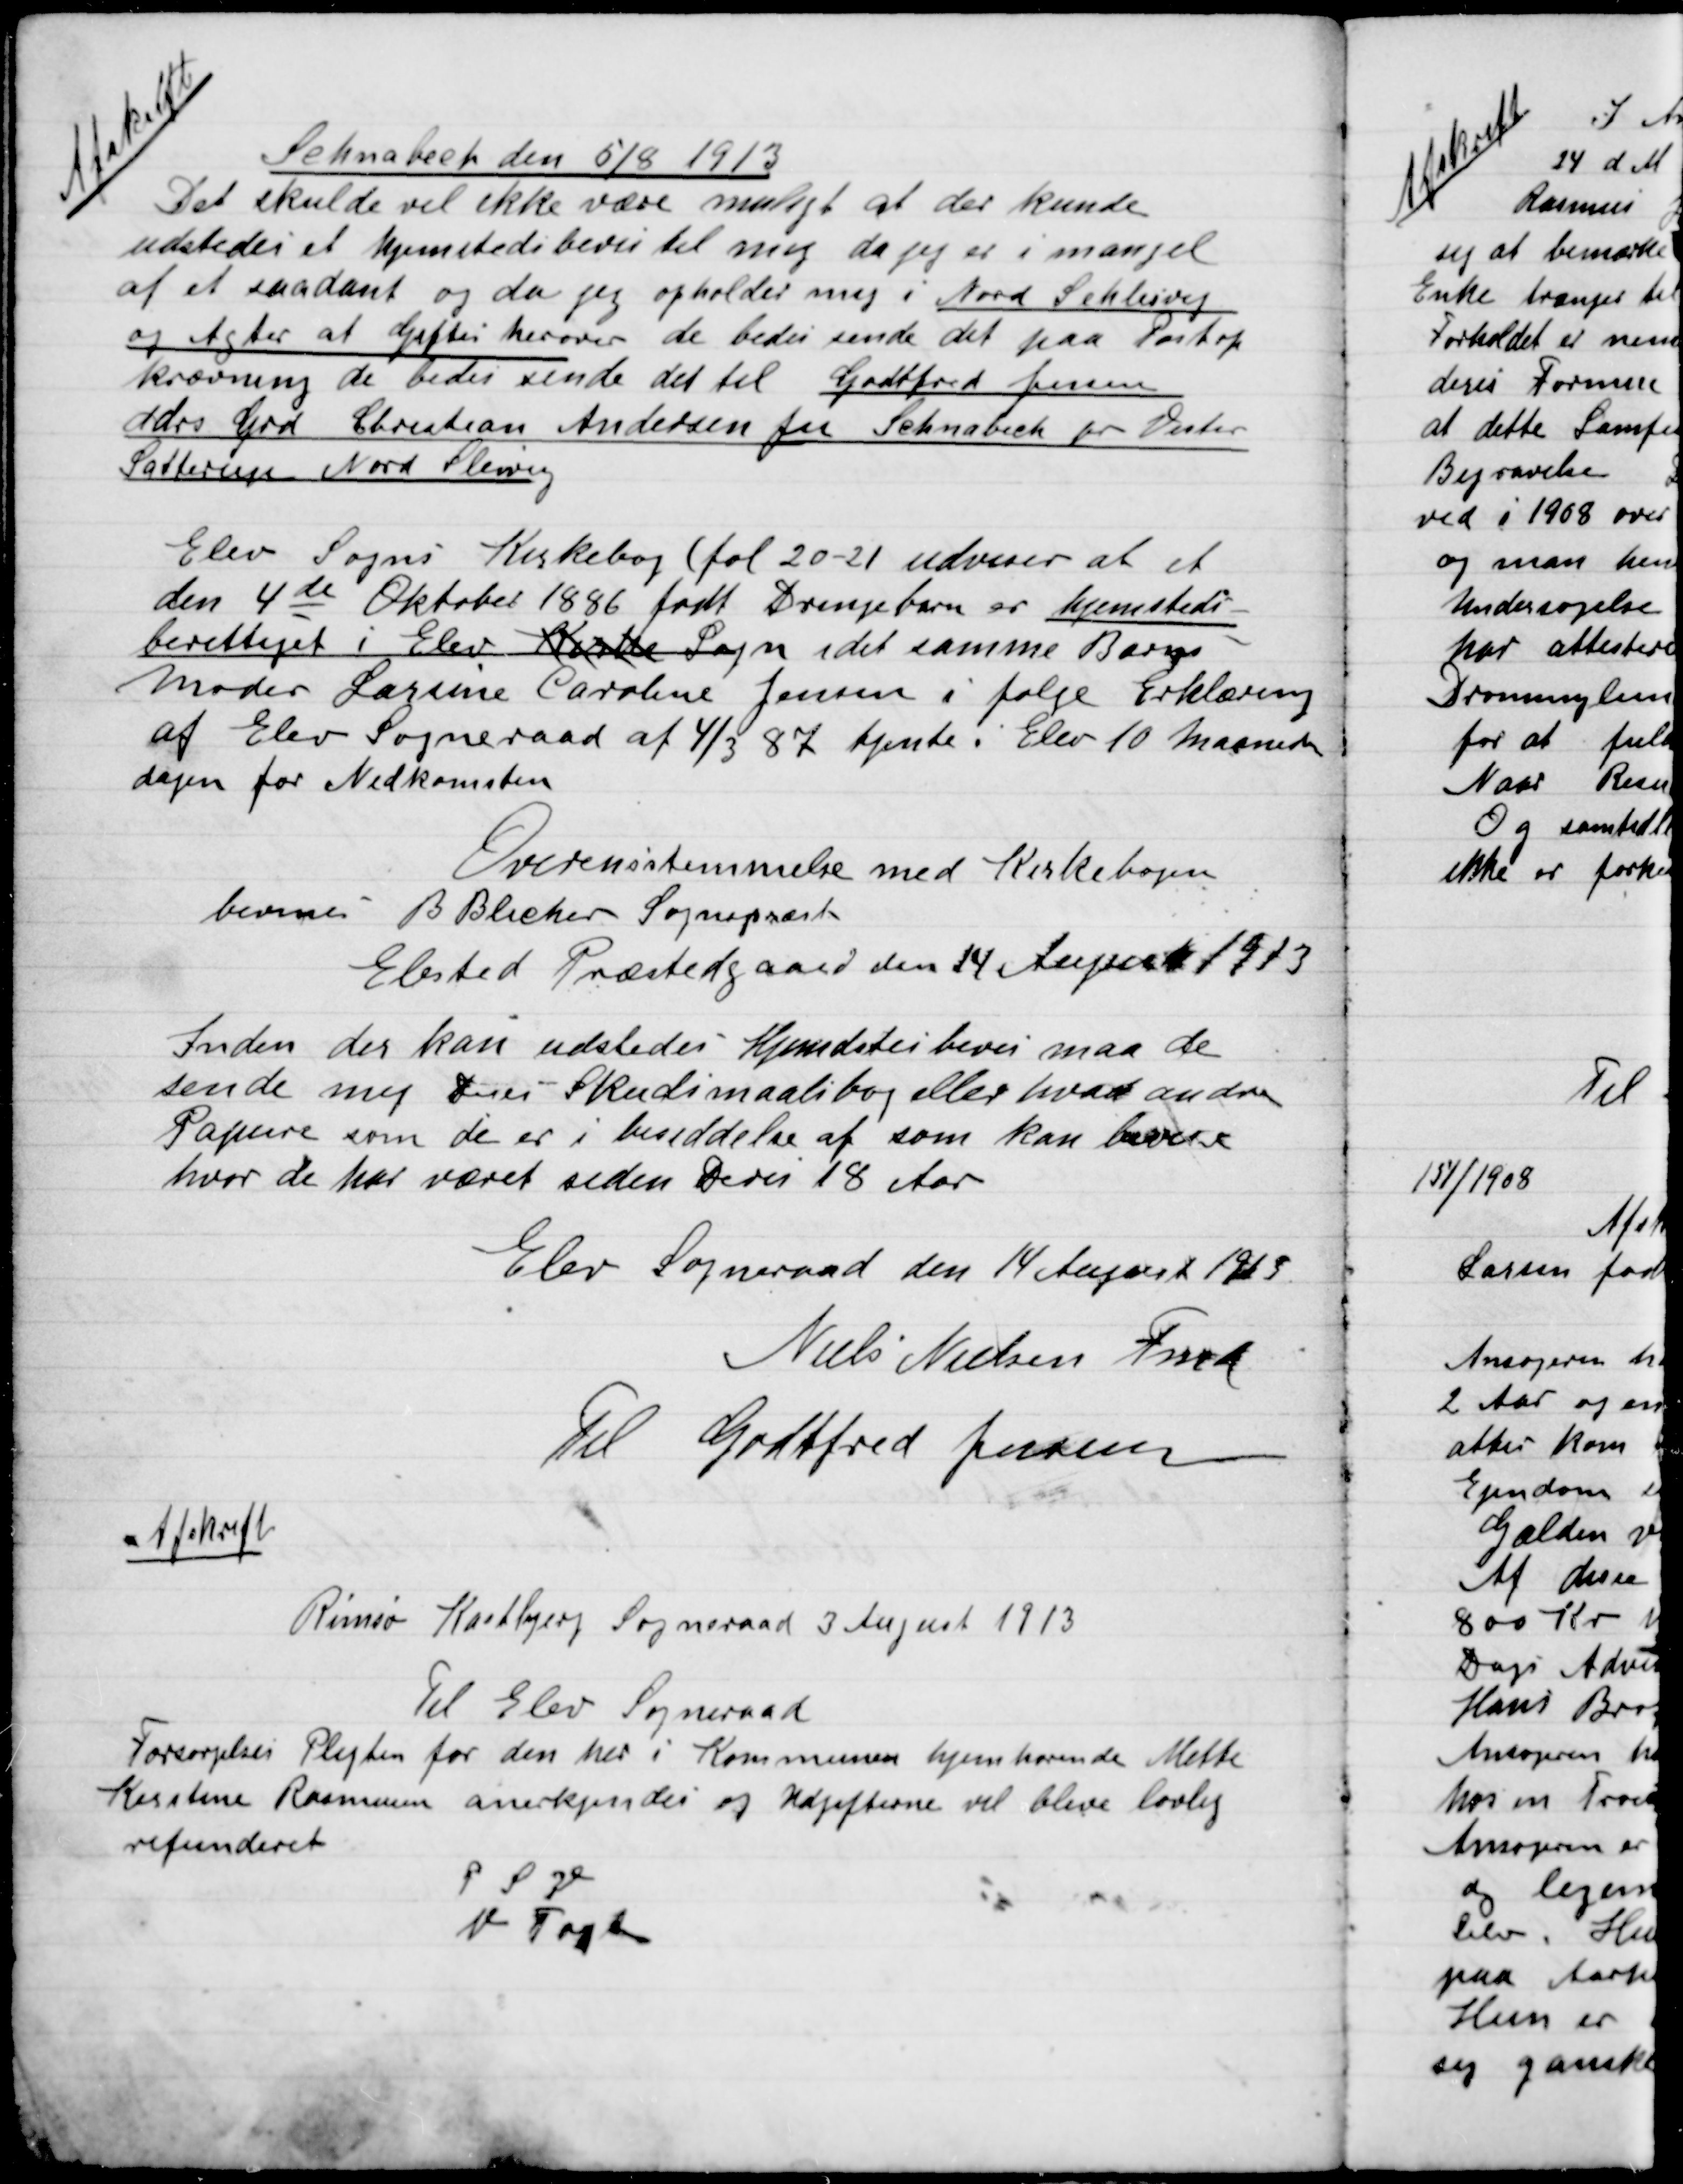
Transskription:
Afskrift:
Schnasbeck den 5/8 1913
Det skulde vel ikke være muligt at der kunde
udstedes et hjemstedsbevis til mig da jeg er i mangel
af et saadant og da jeg opholder mig i Nord Schlesvig
og Agter at rejse herover de bedes sende det paa Postop-
krævning de bedes sende det til Godtfred Jensen
Adrs. Grd. Christian Andersen fra Schnabeck pr Vester
Satterup Nord Slesvig.

Elev Sogns Kirkebog ( føl 20 – 21 udviser at et
den 4de Oktober 1886 født Drengebarn er hjemsteds
berettiget i Elev Kirke Sogn idet samme Barns
Moder Lærerinde Caroline Jensen i følge Erklæring
af Elev Sogneraad af 4/3 87 tjente i Elev 10 Maaneder
dagen for Nedkomsten.
Overensstemmelse med Kirkebogen
Bevidnes B. Blicher Sognepræst
Elsted Præstegaard den 14 August 1913

Inden der kan udstedes Hjemsteds bevis maa de
sende mig deres Skudsmaalsbog eller hvad anden
Papirer som de er i besiddelse af som kan bevises
hvor de har været siden Deres 18 Aar.
Elev Sogneraad den 14 August 1913.
Niels Nielsen Fmd.
Til Godtfred Jensen

Afskrift
Rimsø Kastbjerg Sogneraad 3 August 1913
 Til Elev Sogneraad
Forsørgelses Pligten for den her i Kommunen hjemhørende Mette
Kirstine Rasmussen anerkjendes og  Udgifterne vil blive lovlig
refunderet.
P.S.V.
V. Fogh